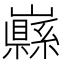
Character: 𡾥